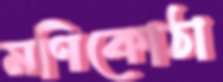
মণিকোঠা